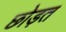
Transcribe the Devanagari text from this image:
छोड़त